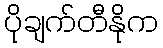
ပိုချက်တီနိုက